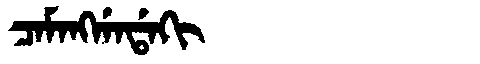
Manchu: ᠴᠠᠮᠠᠩᡤᠠᡩᠠᡴᡳ
Romanization: CAMANGGADAKI